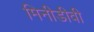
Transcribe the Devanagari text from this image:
मिनीडीवी